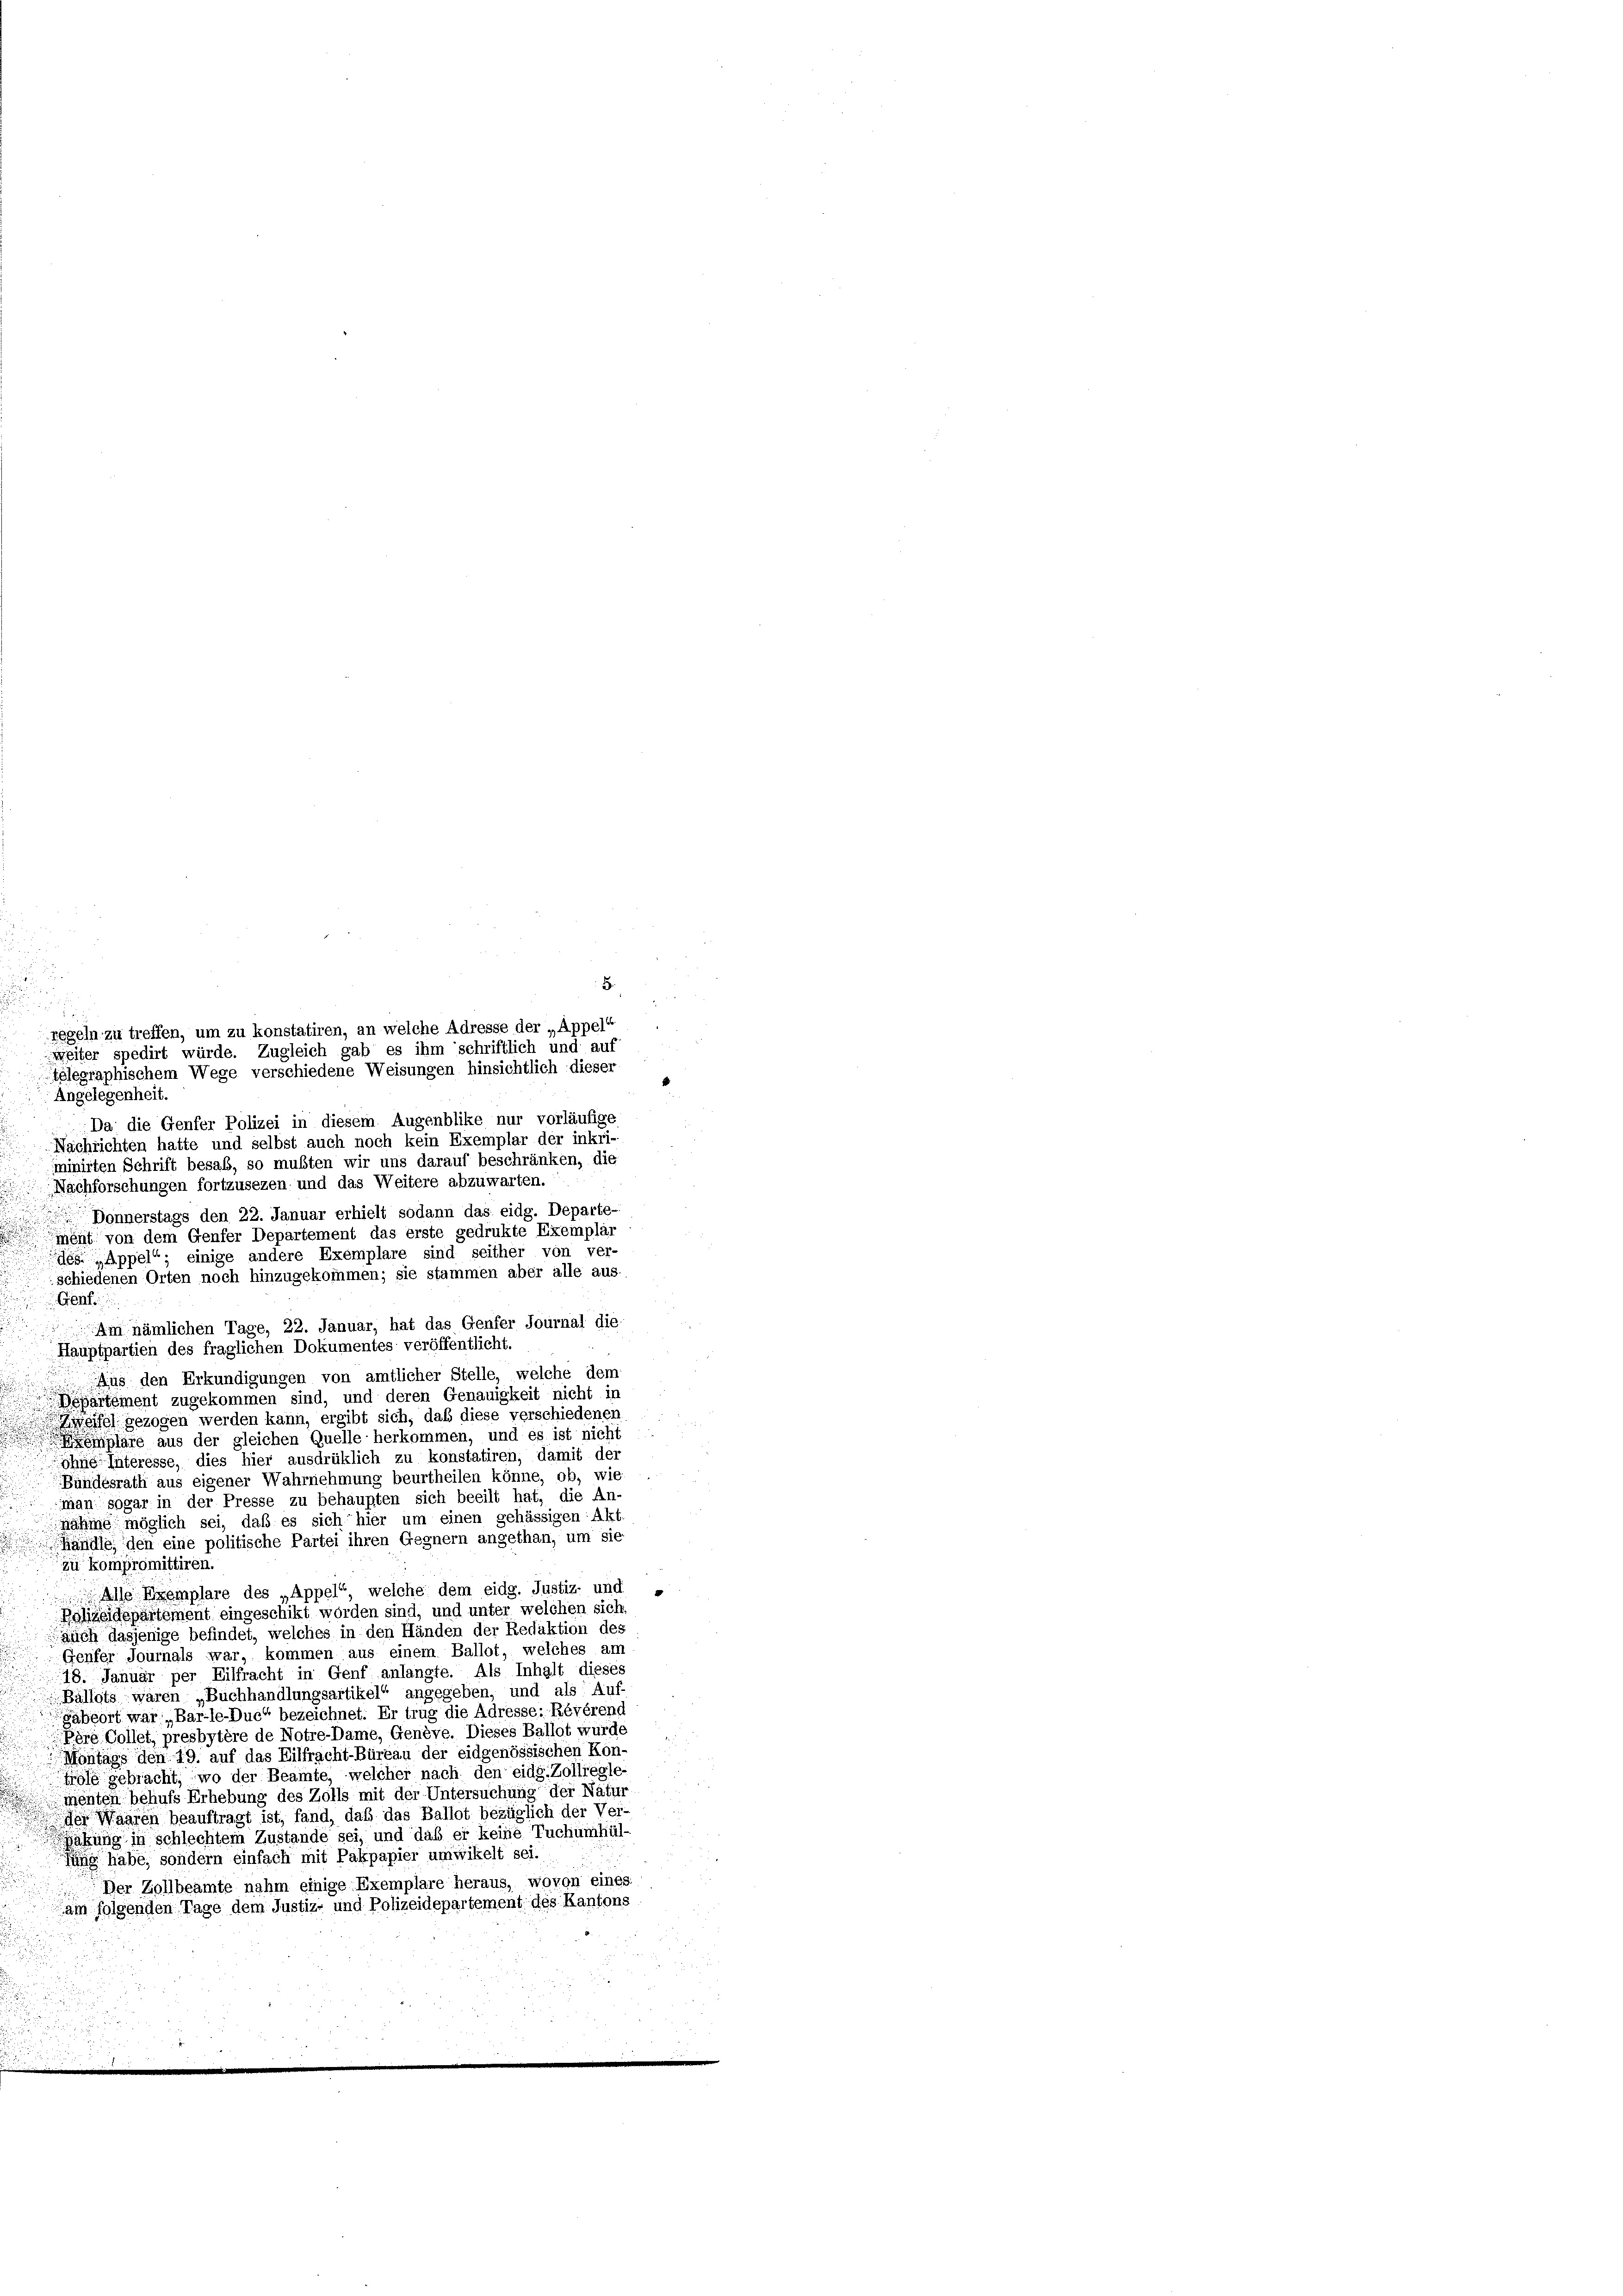
regeln zu treffen, um zu konstatiren, an welche Adresse der „Appel“
weiter spedirt würde. Zugleich gab es ihm schriftlich und auf
Telegraphischem Wege verschiedene Weisungen hinsichtlich dieser

5.

Angelegenheit.
Da die Genfer Polizei in diesem Augenblike nur vorläufige
Nachrichten hatte und selbst auch noch kein Exemplar der inkri-
minirten Schrift besaß, so mußten wir uns darauf beschränken, die
Nachforschungen fortzusezen und das Weitere abzuwarten.
 Donnerstags den 22. Januar erhielt sodann das eidg. Departe-
ment von dem Genfer Departement das erste gedrukte Exemplar
des „Appel; einige andere Exemplare sind seither von ver-
schiedenen Orten noch hinzugekommen; sie stammen aber alle aus-
Genf
Am nämlichen Tage, 22. Januar, hat das Genfer Journal die
Hauptpartien des fraglichen Dokumentes veröffentlicht.
Aus den Erkundigungen von amtlicher Stelle, welche dem
Departement zugekommen sind, und deren Genauigkeit nicht in
Zweifel gezogen werden kann, ergibt sich, daß diese verschiedenen
gläre aus der gleichen Quelle herkommen, und es ist nicht
ohne Interesse, dies hier ausdrüklich zu konstatiren, damit der
Bundesrath aus eigener Wahrnehmung beurtheilen könne, ob, wie
man sogar in der Presse zu behaupten sich beeilt hat, die An-
nahme möglich sei, daß es sich hier um einen gehässigen Akt.
händle, den eine politische Partei ihren Gegnern angethan, um sie
zu kompromittiren.
Alle Exemplare des „Appel“, welche dem eidg. Justiz- und „
Kolizeidepartement eingeschikt worden sind, und unter welchen sich.
Auch dasjenige befindet, welches in den Händen der Redaktion des
Genfer Journals war, kommen aus einem Ballot, welches am
18. Januar per Eilfracht in Genf anlangte. Als Inhalt dieses
Ballots - waren „Buchhandlungsartikel“ angegeben, und als Auf-
gäbeort war „Bar-le-Duc“ bezeichnet. Er trug die Adresse: Révérenc
Père Collet, presbytère de Notre-Dame, Genève. Dieses Ballot wurde
Montags den 19. auf das Eilfracht-Büreau der eidgenössischen Kon-
trole gebracht, wo der Beamte, welcher nach den eidg. Zolliegte
menten behufs Erhebung des Zolls mit der Untersuchung der Natur
des Waaren beauftragt ist, fand, daß das Ballot bezüglich der Ver-
satzung in schlechtem Zustande sei, und daß er keine Tuchümhül-
jung habe, sondern einfach mit Pakpapier umwikelt sei.
Der Zollbeamte nahm einige Exemplare heraus, wovon eines,
am folgenden Tage dem Justiz- und Polizeidepartement des Kantons